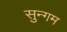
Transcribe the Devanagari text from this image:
सुन्गम